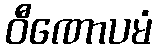
ဝီဏောပမံ